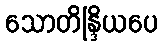
သောတိန္ဒြိယပေ